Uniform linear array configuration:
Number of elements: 16
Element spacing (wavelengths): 0.75
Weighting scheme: uniform
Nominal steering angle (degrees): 0
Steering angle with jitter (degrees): -1.966
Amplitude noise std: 0.05
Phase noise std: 0.05

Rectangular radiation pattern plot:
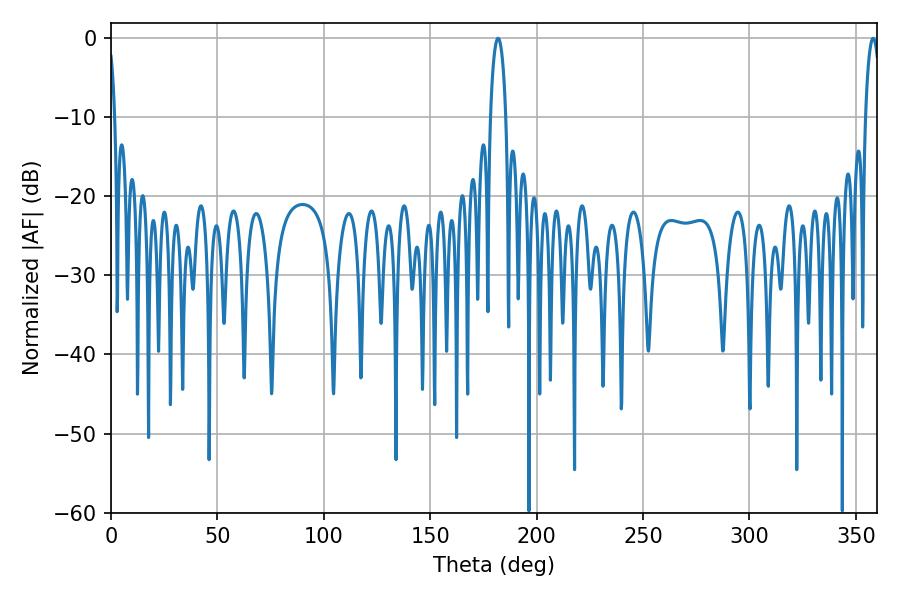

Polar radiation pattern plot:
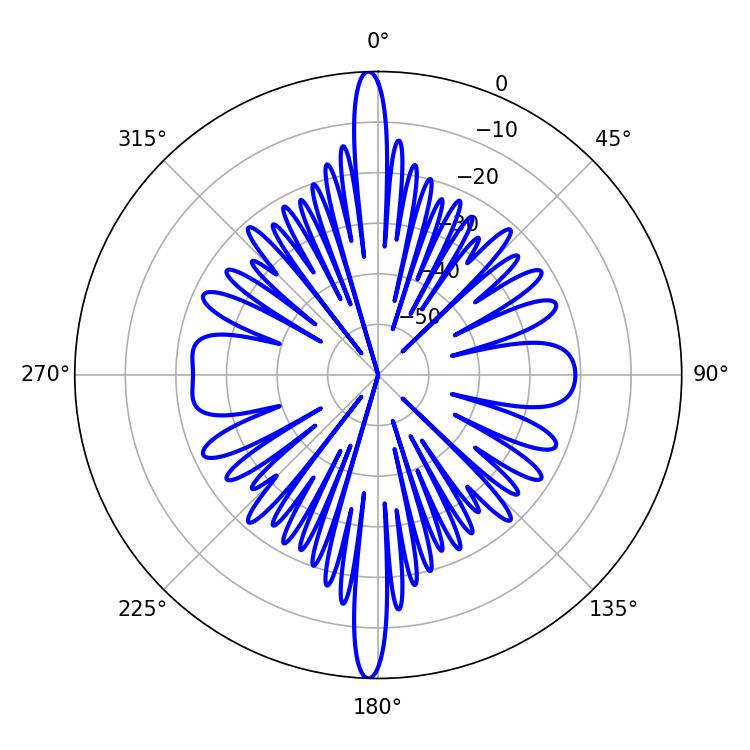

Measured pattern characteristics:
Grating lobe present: TRUE
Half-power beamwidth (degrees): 3.96
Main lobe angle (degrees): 358.2